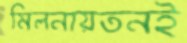
মিলনায়তনই